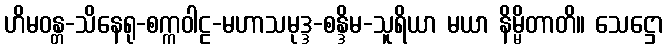
ဟိမဝန္တ-သိနေရု-စက္ကဝါဠ-မဟာသမုဒ္ဒ-စန္ဒိမ-သူရိယာ မယာ နိမ္မိတာတိ။ သေဋ္ဌော